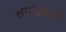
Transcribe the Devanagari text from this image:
समोझौतों